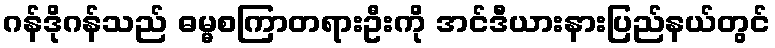
ဂန်ဒိုဂန်သည် ဓမ္မစကြာတရားဦးကို အင်ဒီယားနားပြည်နယ်တွင်